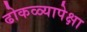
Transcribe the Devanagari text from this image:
ढोकळ्यापेक्षा